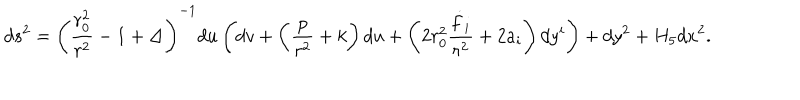
d s ^ { 2 } = \left( { \frac { r _ { 0 } ^ { 2 } } { r ^ { 2 } } } - 1 + \Delta \right) ^ { - 1 } d u \left( d v + \left( { \frac { p } { r ^ { 2 } } } + k \right) d u + \left( 2 r _ { 0 } ^ { 2 } { \frac { \dot { f } _ { i } } { r ^ { 2 } } } + 2 a _ { i } \right) d y ^ { i } \right) + d y ^ { 2 } + H _ { 5 } d x ^ { 2 } .